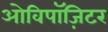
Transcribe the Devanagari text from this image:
ओविपॉज़िटर